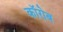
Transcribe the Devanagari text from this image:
कॉरोब